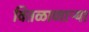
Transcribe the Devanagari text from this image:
वितळाणाऱ्या